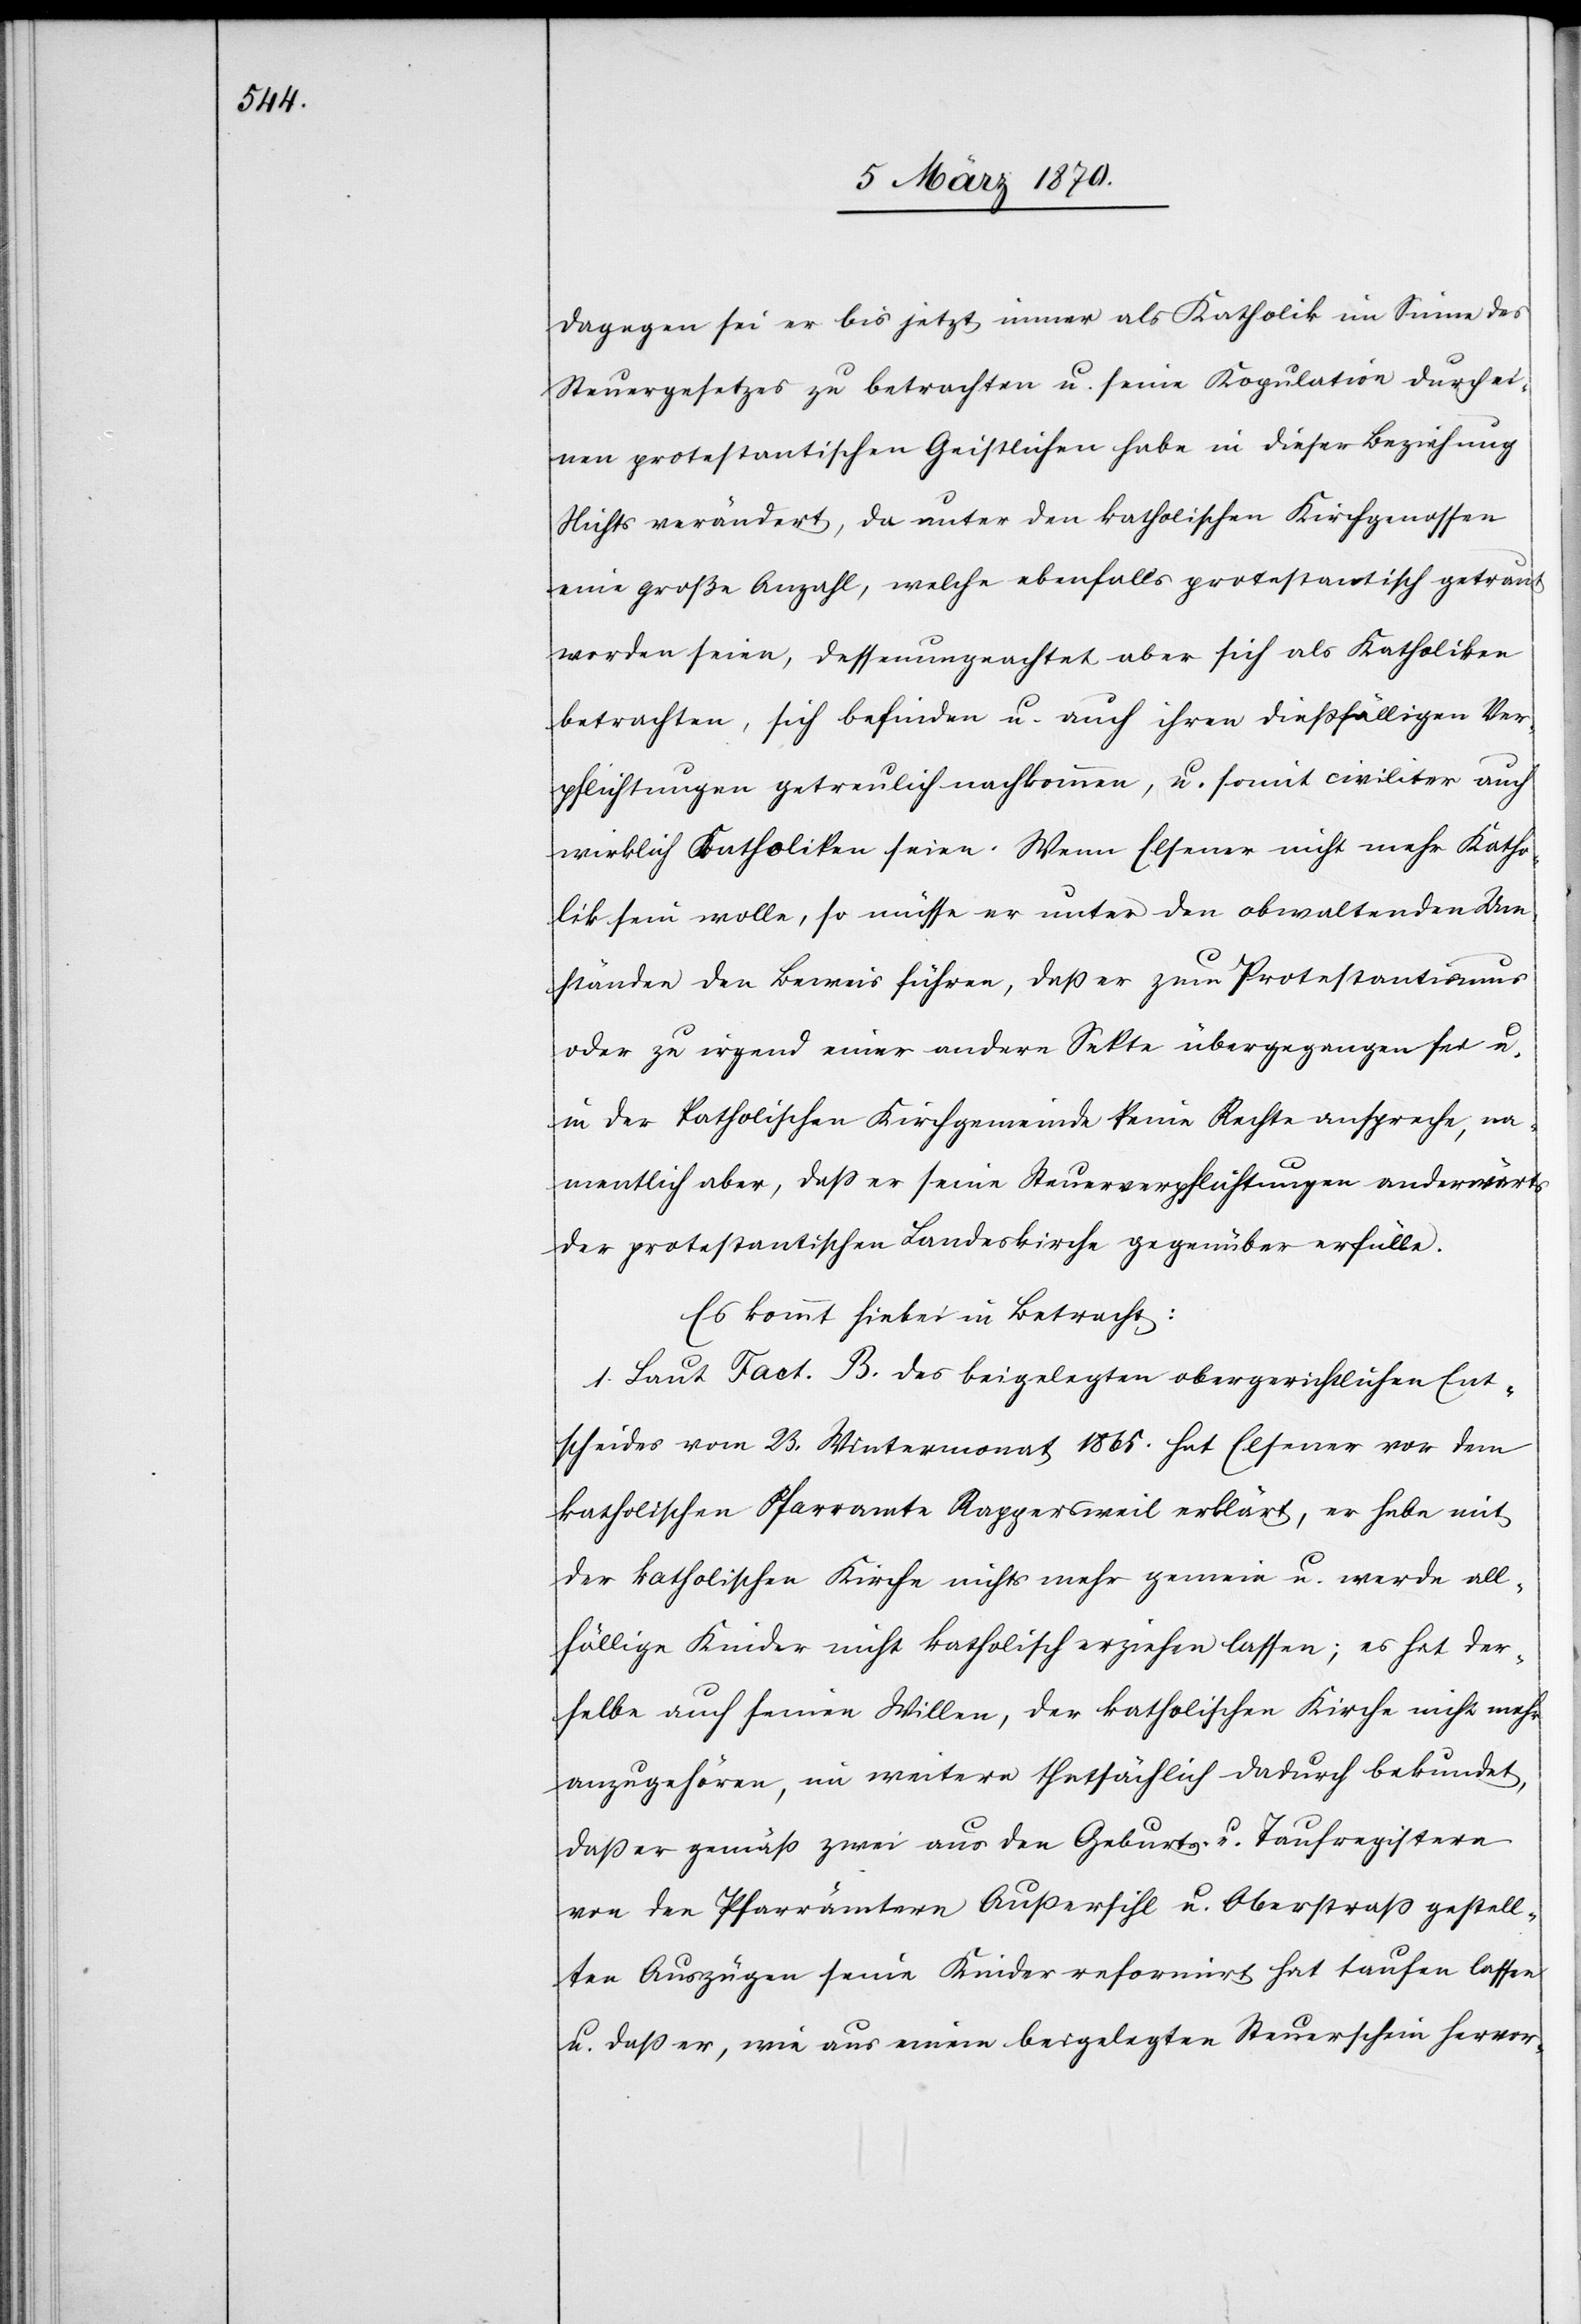
dagegen sei er bis jetzt immer als Katholik im Sinne des
Steuergesetzes zu betrachten u. seine Kopulation durch ei¬
nen protestantischen Geistlichen habe in dieser Beziehung
Nichts verändert, da unter den katholischen Kirchgenossen
eine große Anzahl, welche ebenfalls protestantisch getraut
worden seien, dessenungeachtet aber sich als Katholiken
betrachten, sich befinden u. auch ihren dießfälligen Ver¬
pflichtungen getreulich nachkommen, u. somit civiliter auch
wirklich Katholiken seien. Wenn Elsener nicht mehr Katho¬
lik sein wolle, so müsse er unter den obwaltenden Um¬
ständen den Beweis führen, daß er zum Protestantismus
oder zu irgend einer andern Sekte übergegangen sei u.
in der Katholischen Kirchgemeinde keine Rechte anspreche, na¬
mentlich aber, daß er seine Steuerverpflichtungen anderwärts
der protestantischen Landeskirche gegenüber erfülle.
Es kommt hiebei in Betracht:
1. Laut Fact. B. des beigelegten obergerichtlichen Ent¬
scheides vom 23. Wintermonat 1865. hat Elsener vor dem
katholischen Pfarramte Rappersweil erklärt, er habe mit
der katholischen Kirche nichts mehr gemein u. werde all¬
fällige Kinder nicht katholisch erziehen lassen; es hat der¬
selbe auch seinen Willen, der katholischen Kirche nicht mehr
anzugehören, im weitern thatsächlich dadurch bekundet,
daß er gemäß zwei aus den Geburts- u. Taufregistern
von den Pfarrämtern Außersihl u. Oberstraß gestell¬
ten Auszügen seine Kinder reformirt hat taufen lassen
u. daß er, wie aus einem beigelegten Steuerschein hervor-